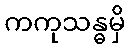
ကကုသန္ဓမှိ